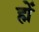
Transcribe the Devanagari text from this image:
ह्में